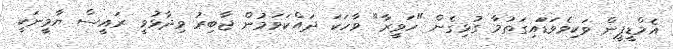
އެމްޑީޕީން ވަކިވެވަޑަައިގަތުމާ ގުޅިގެން "ހަވީރާ" ވާހަކަ ދައްކަވަމުން ޖާބިރު ވިދާޅުވީ ރައީސް ޔާމީނަކީ